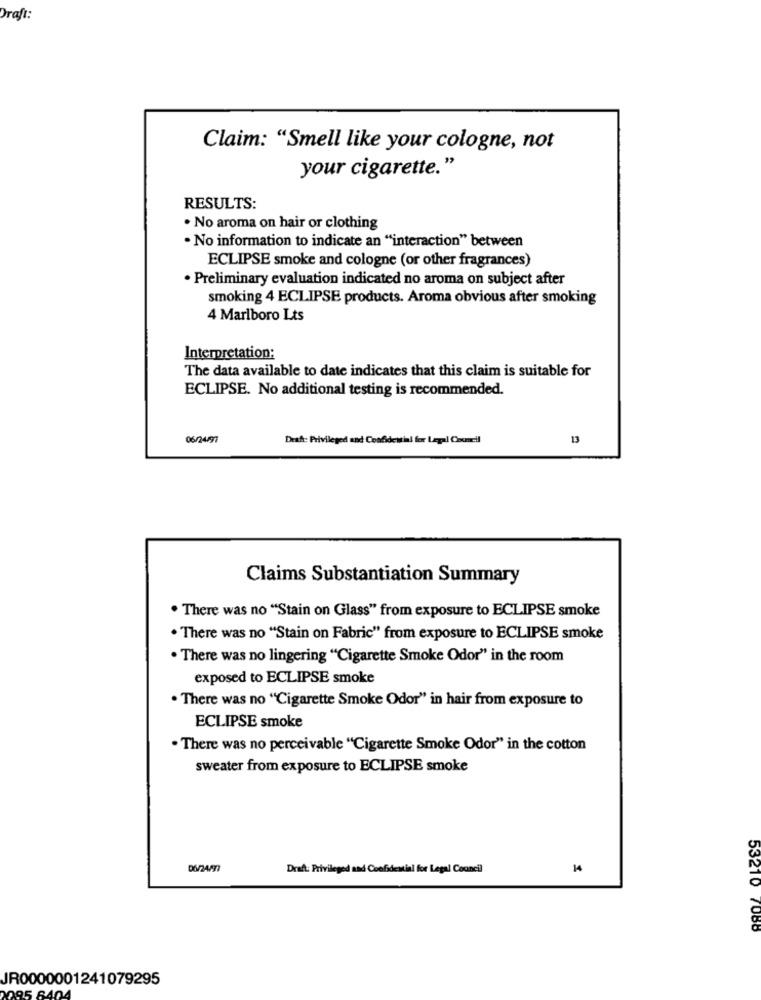
Draft:
Claim: "Smell like your cologne, not
your cigarette."
RESULTS:
. No aroma on hair or clothing
. No information to indicate an "interaction" between
ECLIPSE smoke and cologne (or other fragrances)
· Preliminary evaluation indicated no aroma on subject after
smoking 4 ECLIPSE products. Aroma obvious after smoking
4 Marlboro Lts
Interpretation:
The data available to date indicates that this claim is suitable for
ECLIPSE. No additional testing is recommended.
06/24/97
Desh: Privileged and Confidential for Legal Council
13
Claims Substantiation Summary
. There was no "Stain on Glass" from exposure to ECLIPSE smoke
· There was no "Stain on Fabric" from exposure to ECLIPSE smoke
. There was no lingering "Cigarette Smoke Odor" in the room
exposed to ECLIPSE smoke
. There was no "Cigarette Smoke Odor" in hair from exposure to
ECLIPSE smoke
. There was no perceivable "Cigarette Smoke Odor" in the cotton
sweater from exposure to ECLIPSE smoke
Draft: Privileged and Confidential for Legal Council
14
53210 7088
JR0000001241079295
195 6404